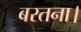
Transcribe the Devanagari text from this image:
बरतना।